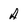
Character: A